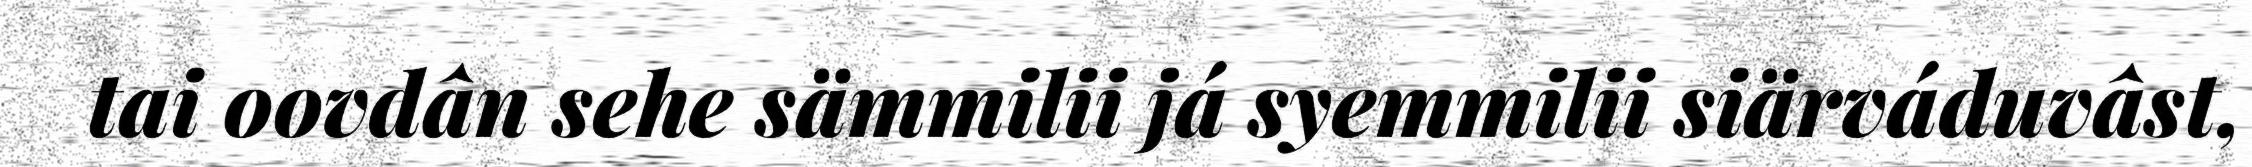
tai oovdân sehe sämmilii já syemmilii siärváduvâst,